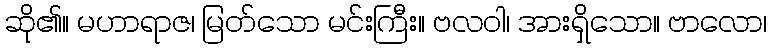
ဆို၏။ မဟာရာဇ၊ မြတ်သော မင်းကြီး။ ဗလဝါ၊ အားရှိသော။ ဗာလော၊